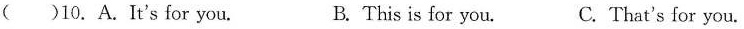
( )10. A. It's for you. B. This is for you. C. That's for you.